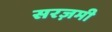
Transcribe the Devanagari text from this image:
सरज़मी